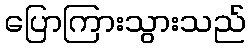
ပြောကြားသွားသည်